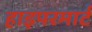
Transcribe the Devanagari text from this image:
हाइपरमार्ट